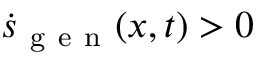
\dot { s } _ { \mathrm { ~ g ~ e ~ n ~ } } ( \boldsymbol { x } , t ) > 0